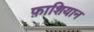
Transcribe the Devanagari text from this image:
फ़ाशियान